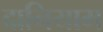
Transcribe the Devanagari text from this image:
दानियाम